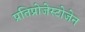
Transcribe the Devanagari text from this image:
प्रतिप्रोजेस्टोजेन